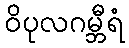
ဝိပုလဂမ္ဘီရံ